65_HS1-834228961_62-HQ-83894_Section_6
Agency: FBI
Page 190
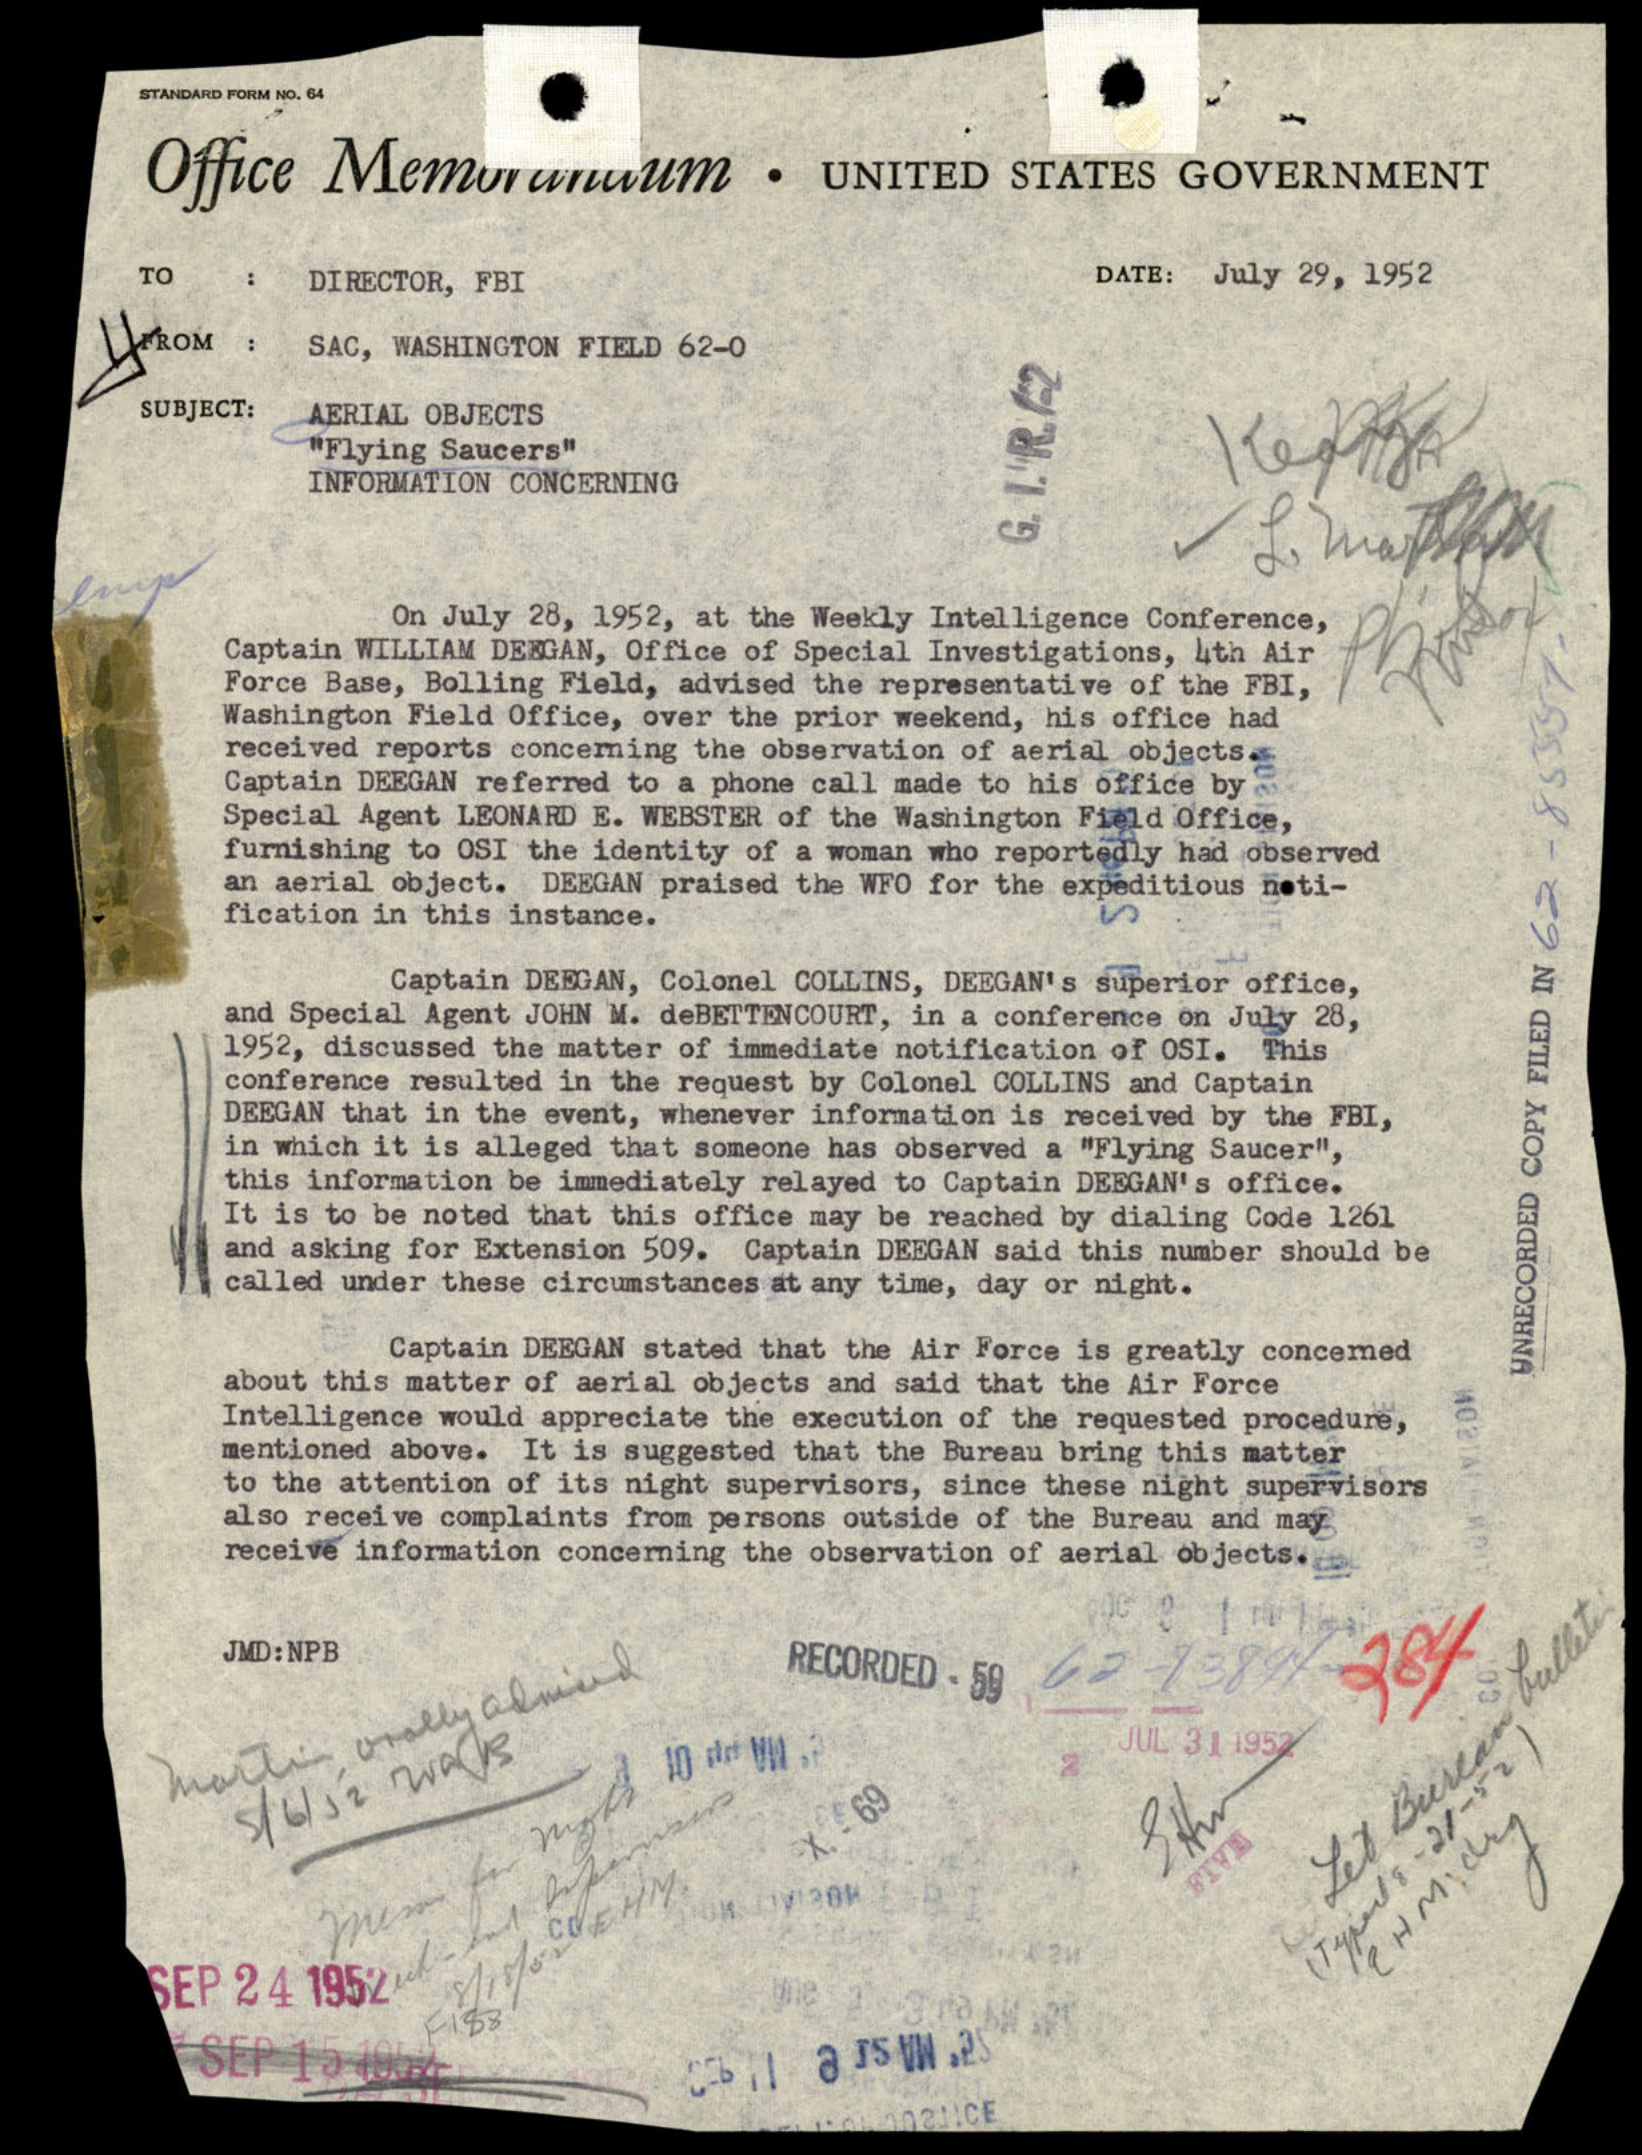